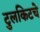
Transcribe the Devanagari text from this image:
टुलकिटचे